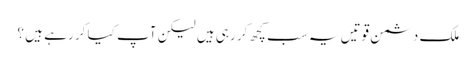
ملک دشمن قوتیں یہ سب کچھ کر رہی ہیں لیکن آپ کیا کر رہے ہیں ؟